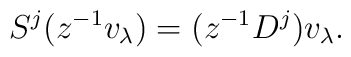
S^j ( z^{-1} v_\lambda ) = (z^{-1} D^j ) v_\lambda.